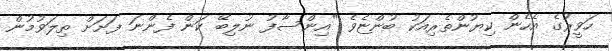
ހަވީރުގެ އެހެން ކިޔުންތެރިއަކު ބުންޏެވެ "އިންސާފު ނުލިބޭ ކަން ފެންނަ ފަށަށް ތިލަވުމުން